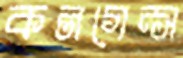
কনগেন্স